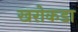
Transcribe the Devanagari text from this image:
खरोकडा